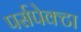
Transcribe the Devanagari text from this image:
पर्सपेक्टा